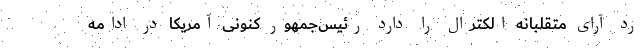
رد آرای متقلبانه الکترال را دارد رئیس‌جمهور کنونی آمریکا در ادامه